Annual report on the health of the army in India
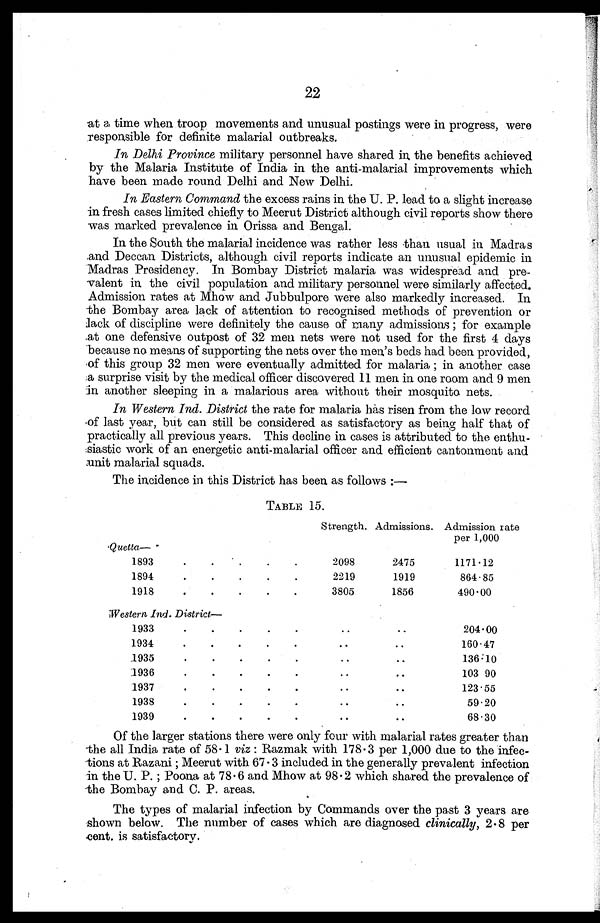
22
at a time when troop movements and unusual postings were in progress, were
responsible for definite malarial outbreaks.
In Delhi Province military personnel have shared in, the benefits achieved
by the Malaria Institute of India in the anti-malarial improvements which
have been made round Delhi and New Delhi.
In Eastern Command the excess rains in the U. P. lead to a slight increase
in fresh cases limited chiefly to Meerut District although civil reports show there
was marked prevalence in Orissa and Bengal.
In the South the malarial incidence was rather less than usual in Madras
and Deccan Districts, although civil reports indicate an unusual epidemic in
Madras Presidency. In Bombay District malaria was widespread and pre-
valent in the civil population and military personnel were similarly affected.
Admission rates at Mhow and Jubbulpore were also markedly increased. In
the Bombay area lack of attention to recognised methods of prevention or
lack of discipline were definitely the cause of many admissions ; for example
at one defensive outpost of 32 men nets were not used for the first 4 days
because no means of supporting the nets over the men's beds had been provided,
of this group 32 men were eventually admitted for malaria ; in another case
a surprise visit by the medical officer discovered 11 men in one room and 9 men
•
in another sleeping in a malarious area without their mosquito nets.
In Western Ind. District the rate for malaria has risen from the low record
of last year, but can still be considered as satisfactory as being half that of
practically all previous years. This decline in cases is attributed to the enthu
siastic work of an energetic anti-malarial officer and efficient cantonment and
unit malarial squads.
The incidence in this District has been as follows :—
TABLE 15.
Strength. Admissions. Admission rate
per 1,000
Quetta—
1893
.
.
.
.
.
2098
2475
1171.12
1894
.
.
.
.
.
2219
1919
864.85
1918
.
.
.
.
.
3805
1856
490.00
Western Ind. District —
1933
.
.
.
.
.
..
..
204.00
1934
.
.
.
.
.
..
..
160.47
1935
.
.
.
.
.
..
..
136.10
1936
.
.
.
.
.
..
..
103 90
1937
•
•
•
•
•
. .
..
123.55
1938
.
.
.
.
.
..
..
59.20
1939
•
•
•
•
•
..
..
68.30
Of the larger stations there were only four with malarial rates greater than
the all India rate of 58.1 viz : Razmak with 178.3 per 1,000 due to the infec
tions at Razani ; Meerut with 67.3 included in the generally prevalent infection
in the U. P. ; Poona at 78.6 and Mhow at 98.2 which shared the prevalence of
the Bombay and C. P. areas.
The types of malarial infection by Commands over the past 3 years are
shown below. The number of cases which are diagnosed clinically, 2.8 per
cent. is satisfactory.